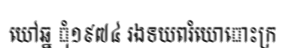
យៅឆ្ន ុំ១៩៧៤ រងទយពរំយោោះក្រ